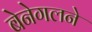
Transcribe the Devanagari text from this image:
बेनेगलने